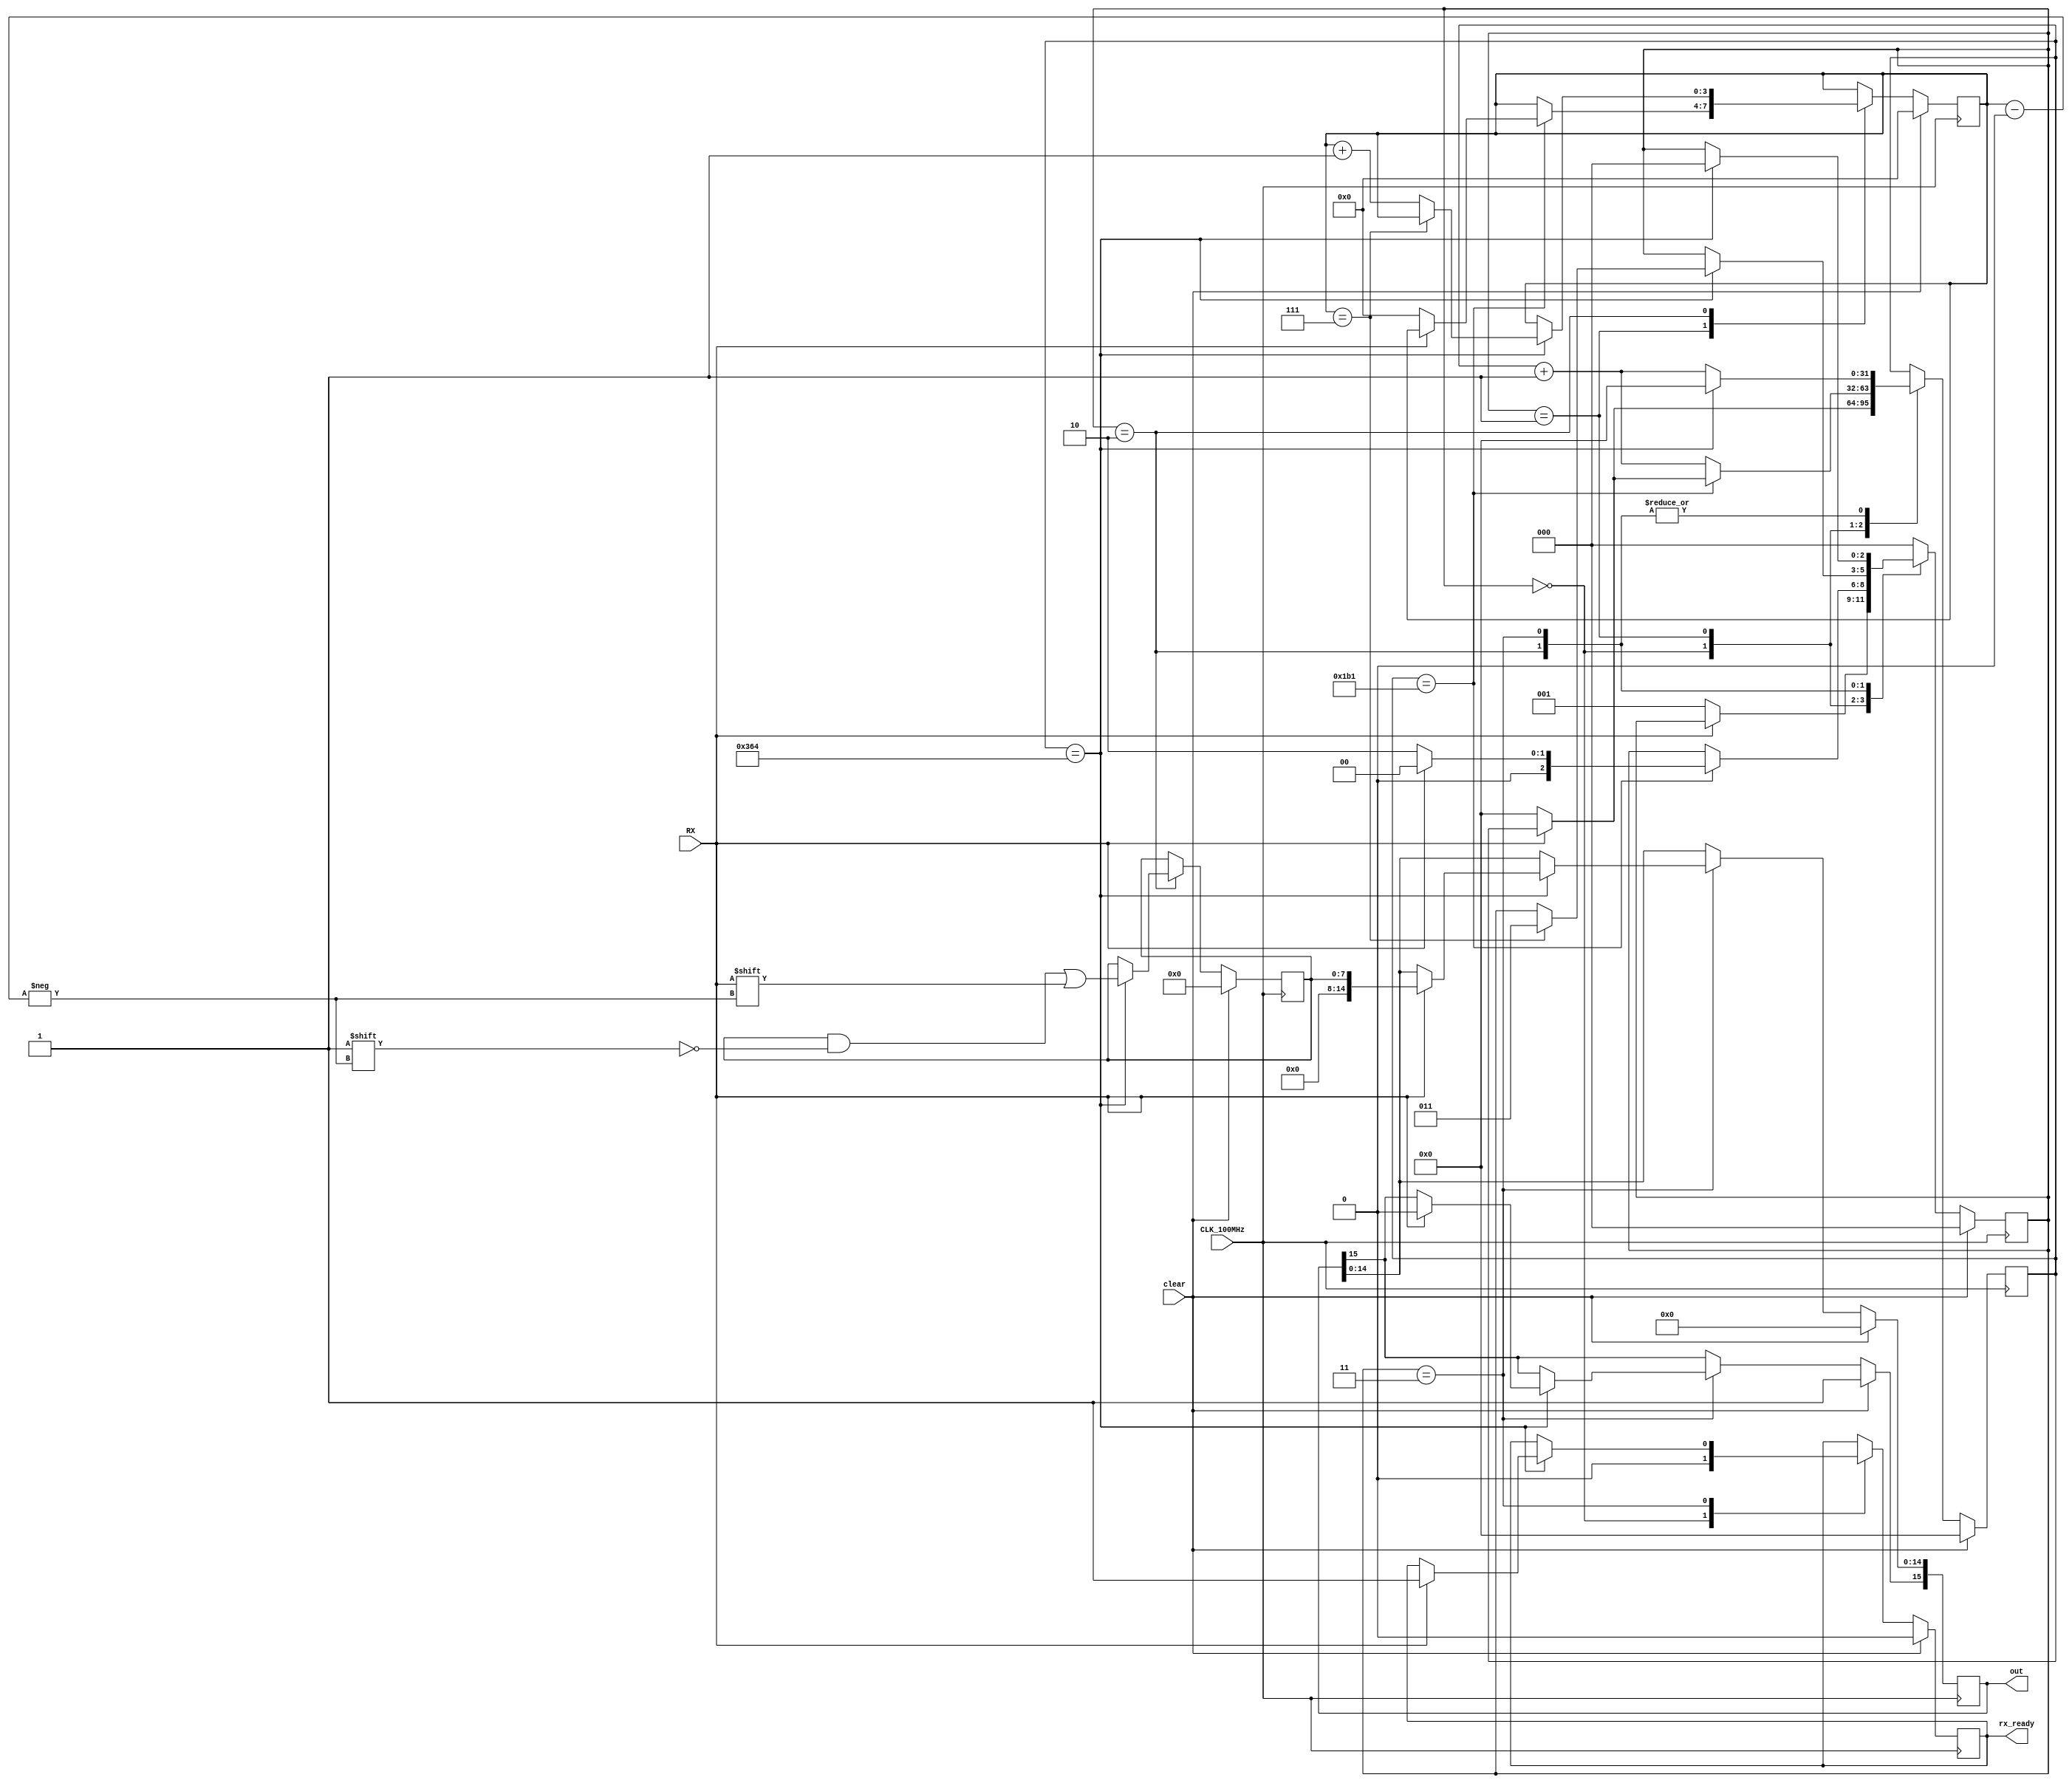
module UartRX (
    input wire CLK_100MHz,           // System clock
    input wire clear,         // clear signal
    input wire RX,       // UART receive pin
    output reg [15:0] out, // Received byte
    output reg rx_ready       // Data ready signal
);

    parameter CLK_FREQ = 100000000;  // 100 MHz clock
    // parameter CLK_FREQ = 25000000; // 25 MHz clock
    parameter BAUD_RATE = 115200;   // 115200 baud rate
    localparam BIT_PERIOD = CLK_FREQ / BAUD_RATE;  // Number of clock cycles per bit
    localparam SAMPLE_POINT = (BIT_PERIOD - 1) / 2;  // Middle of the bit period for sampling

    reg [31:0] clk_cycles = 0;     // Clock cycles count
    reg [7:0] data_rx = 0;   // Shift register for received data
    reg [3:0] bit_index = 0;      // Bit index for data bits

    // State declaration
    localparam IDLE  = 3'b000;
    localparam START = 3'b001;
    localparam DATA  = 3'b010;
    localparam STOP  = 3'b011;
    reg [2:0] state = IDLE;       // Current state

    initial begin
        rx_ready <= 0;
    end

    always @(posedge CLK_100MHz) begin
        if (clear) begin
            state <= IDLE;
            clk_cycles <= 0;
            bit_index <= 0;
            data_rx <= 0;
            out <= 16'b0;
            rx_ready <= 0;
            out[15] <= 1;
        end else begin
            case (state)
                IDLE: begin
                    rx_ready <= 0;
                    if (RX == 0) begin  // Start bit detected
                        state <= START;
                        clk_cycles <= 0;
                    end
                end

                START: begin
                    if (clk_cycles == SAMPLE_POINT) begin
                        if (RX == 0) begin  // Confirm start bit
                            state <= DATA;
                            clk_cycles <= 0;
                            bit_index <= 0;
                        end else begin
                            state <= IDLE;
                        end
                    end else begin
                        clk_cycles <= clk_cycles + 1;
                    end
                end

                DATA: begin
                    if (clk_cycles == BIT_PERIOD) begin
                        clk_cycles <= 0;
                        data_rx[bit_index] <= RX;
                        if (bit_index == 7) begin
                            state <= STOP;
                        end else begin
                            bit_index <= bit_index + 1;
                        end
                    end else begin
                        clk_cycles <= clk_cycles + 1;
                    end
                end

                STOP: begin
                    if (clk_cycles == BIT_PERIOD) begin
                        clk_cycles <= 0;
                        if (RX == 1) begin  // Stop bit
                            state <= IDLE;
                            out <= {7'b0, data_rx};
                            rx_ready <= 1;
                            out[15] <= 0;
                        end else begin
                            state <= IDLE;  // Error, go back to IDLE
                        end
                    end else begin
                        clk_cycles <= clk_cycles + 1;
                    end
                end

                default: state <= IDLE;
            endcase
        end
    end
endmodule